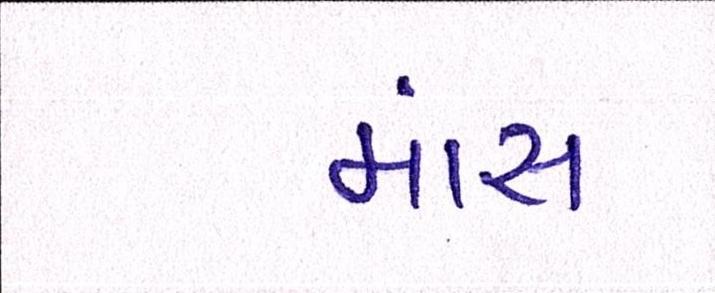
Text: માંસ